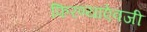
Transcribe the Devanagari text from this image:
फिरण्याऐवजी